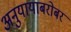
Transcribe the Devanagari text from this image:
अनुयायाबरोबर